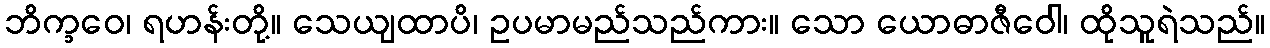
ဘိက္ခဝေ၊ ရဟန်းတို့။ သေယျထာပိ၊ ဥပမာမည်သည်ကား။ သော ယောဓာဇီဝေါ၊ ထိုသူရဲသည်။